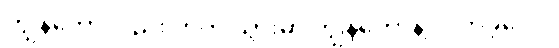
ကျွန်တော်လည်း ဟိုကို သွားမှာ ကျွန်တော်နဲ့ လိုက်ခဲ့လေ။